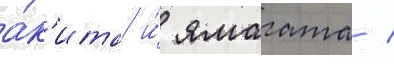
а́к'ита и́ ямагата /